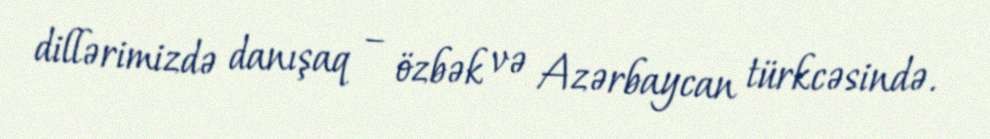
dillərimizdə danışaq – özbək və Azərbaycan türkcəsində.